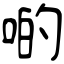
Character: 啲